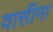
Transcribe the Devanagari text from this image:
वासींना